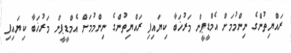
ރައްޔިތުންގެ ނިންމުމަށް އެމްޑީޕީން މަރުޚަބާ ކިޔައިފި ރައްޔިތުންގެ ނިންމުމަށް އެމްޑީޕީން މަރުޚަބާ ކިޔައިފި